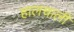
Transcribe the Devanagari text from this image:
हालचालीं